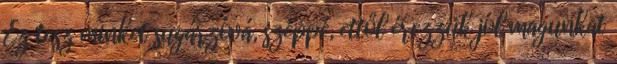
Ez tesz minket sugárzóvá, széppé, ettől érezzük jól magunkat